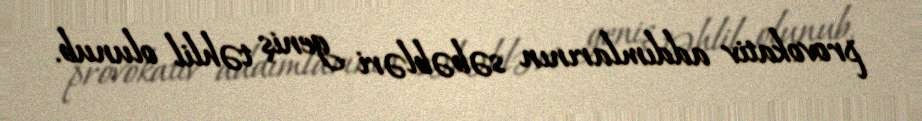
provokativ addımlarının səbəbləri geniş təhlil olunub.